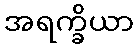
အရက္ခိယာ